Annual returns of the Patna Lunatic Asylum at Bankipore in Bihar and Orissa - 1912-1924
Year: 1912
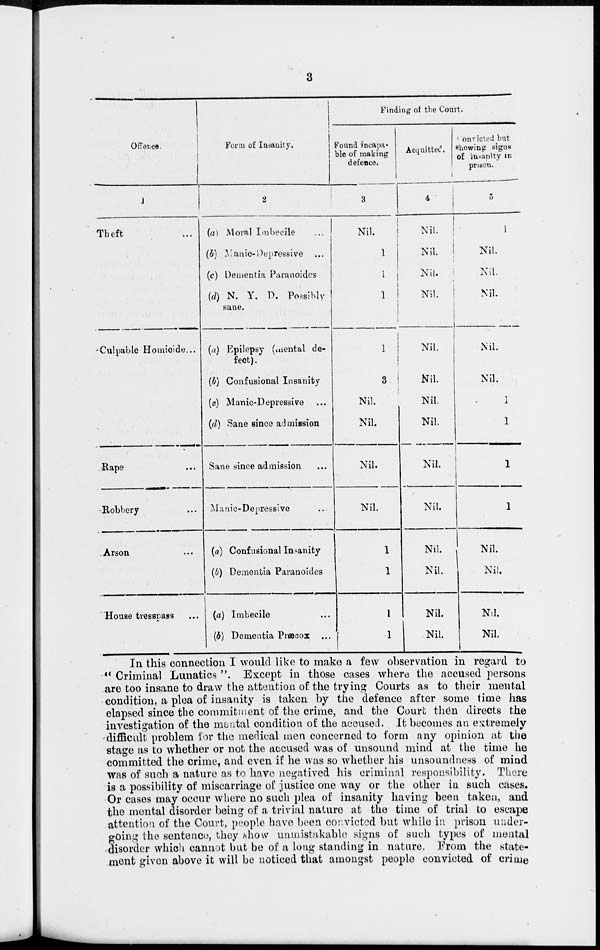
3
Offence.
1
Theft ...
Culpable Homicide...
Rape
...
Robbery ...
Arson ...
House tresspass ...
Form of Insanity.
2
(a) Moral Imbecile ...
(b) Manic-Depressive ...
(c) Dementia Paranoides
(d) N. Y. D. Possibly
sane.
(a) Epilepsy (mental de-
fect).
(b) Confusional Insanity
(c) Manic-Depressive ...
(d) Sane since admission
Sane since admission ...
Manic-Depressive ...
(a) Confusional Insanity
(b) Dementia Paranoides
(a) Imbecile ...
(b) Dementia Precox ...
Finding of the Court.
Found incapa-
ble of making
defence.
3
Nil.
1
1
1
1
3
Nil.
Nil.
Nil.
Nil.
1
1
1
1
Acquitted.
4
Nil.
Nil.
Nil.
Nil.
Nil.
Nil.
Nil.
Nil.
Nil.
Nil.
Nil.
Nil.
Nil.
Nil.
Convicted but
showing signs
of insanity in
prison.
5
1
Nil.
Nil.
Nil.
Nil.
Nil.
1
1
1
1
Nil.
Nil.
Nil.
Nil.
In this connection I would like to make a few observation in regard to
" Criminal Lunatics ". Except in those cases where the accused persons
are too insane to draw the attention of the trying Courts as to their mental
condition, a plea of insanity is taken by the defence after some time has
elapsed since the commitment of the crime, and the Court then directs the
investigation of the mental condition of the accused. It becomes an extremely
difficult problem for the medical men concerned to form any opinion at the
stage as to whether or not the accused was of unsound mind at the time he
committed the crime, and even if he was so whether his unsoundness of mind
was of such a nature as to have negatived his criminal responsibility. There
is a possibility of miscarriage of justice one way or the other in such cases.
Or cases may occur where no such plea of insanity having been taken, and
the mental disorder being of a trivial nature at the time of trial to escape
attention of the Court, people have been convicted but while in prison under-
going the sentence, they show unmistakable signs of such types of mental
disorder which cannot but be of a long standing in nature. From the state-
ment given above it will be noticed that amongst people convicted of crime